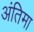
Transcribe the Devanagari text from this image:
अंतिमा